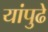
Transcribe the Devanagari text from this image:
यांपुढे